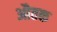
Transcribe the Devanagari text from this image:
औतक